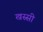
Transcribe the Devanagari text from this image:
खस्सी